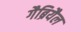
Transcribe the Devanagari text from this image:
गैब्रियैल